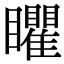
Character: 䂂